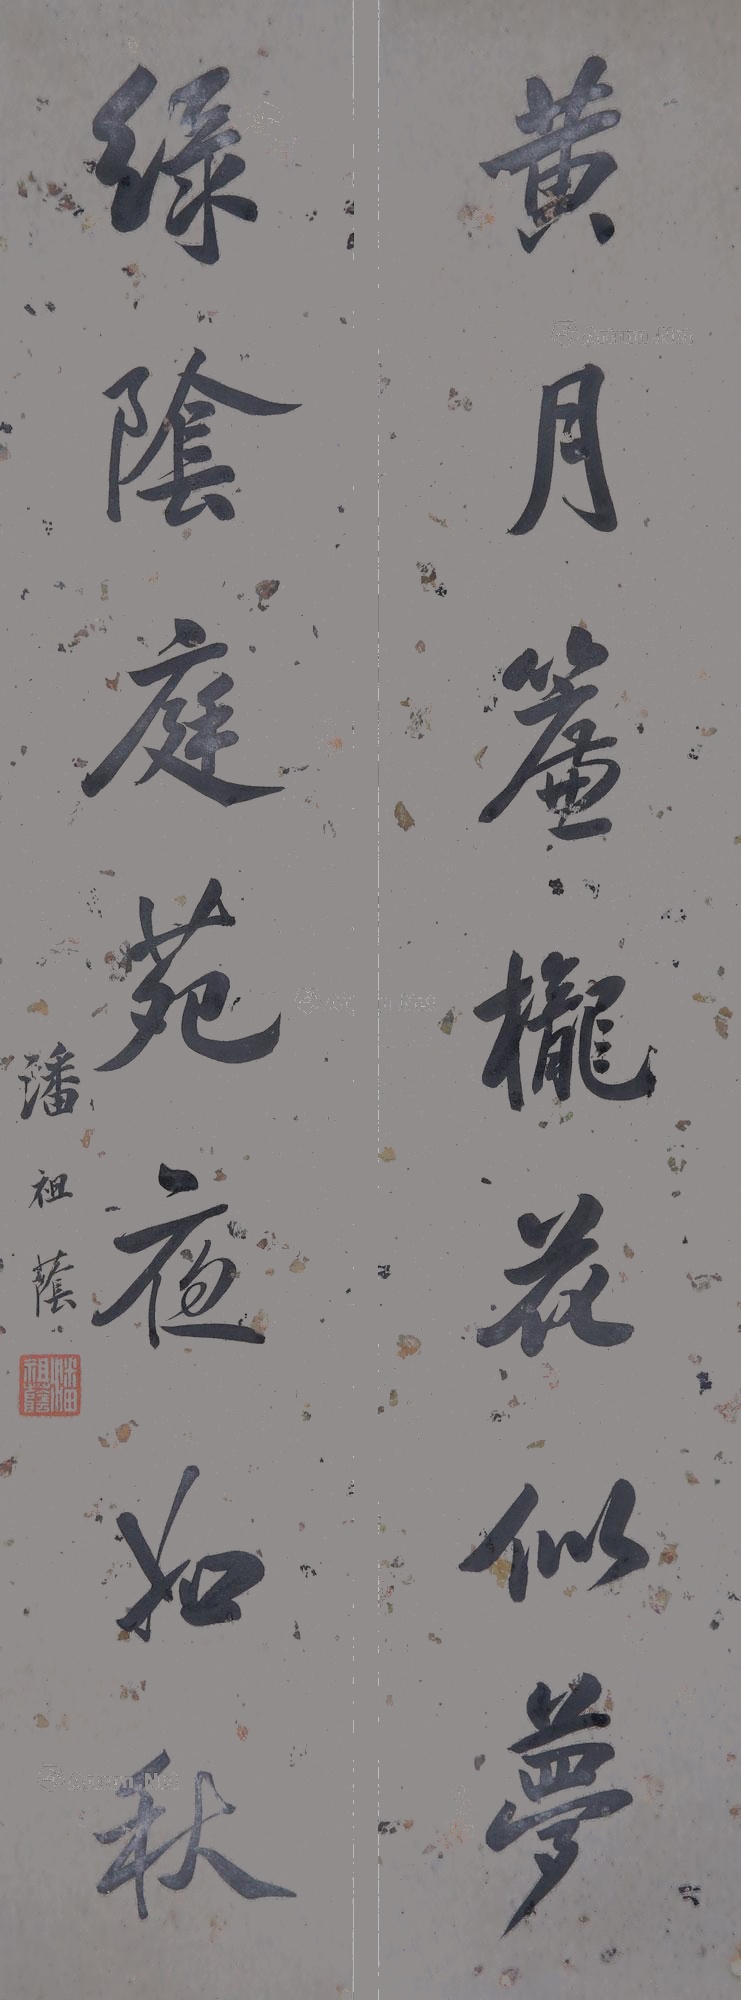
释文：黄月帘栊花似梦，绿阴庭苑夜如秋。潘祖荫